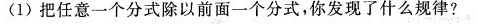
(1)把任意一个分式除以前面一个分式，你发现了什么规律？